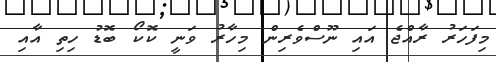
މިފަހަރު ރާއްޖެ އައި ނޫސްވެރިން މިހާރު ވަނީ ކޮކޯ ބޮޑު ހިތި އާއި